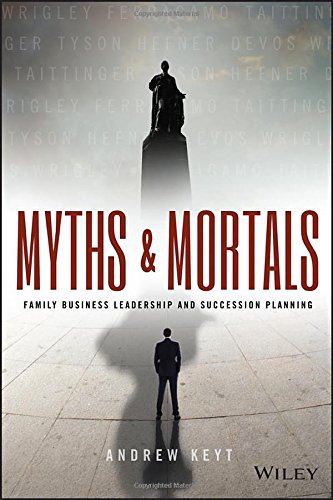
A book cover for Myths and Mortals: Family Business Leadership and Succession Planning (Wiley Finance); Andrew Keyt; Business & Money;